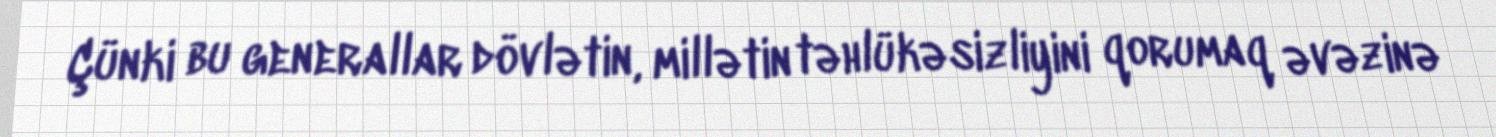
Çünki bu generallar dövlətin, millətin təhlükəsizliyini qorumaq əvəzinə